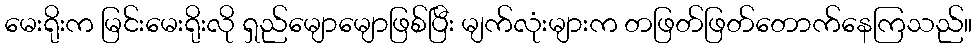
မေးရိုးက မြင်းမေးရိုးလို ရှည်မျောမျောဖြစ်ပြီး မျက်လုံးများက တဖြတ်ဖြတ်တောက်နေကြသည်။